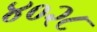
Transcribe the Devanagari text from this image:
४०२८